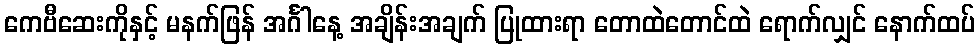
ကေဗီဆေးကိုနှင့် မနက်ဖြန် အင်္ဂါနေ့ အချိန်းအချက် ပြုထားရာ တောထဲတောင်ထဲ ရောက်လျှင် နောက်ထပ်